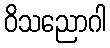
ဝိသညောဂါ